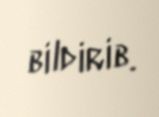
bildirib.